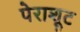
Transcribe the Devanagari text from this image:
पेराशूट